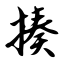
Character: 揍